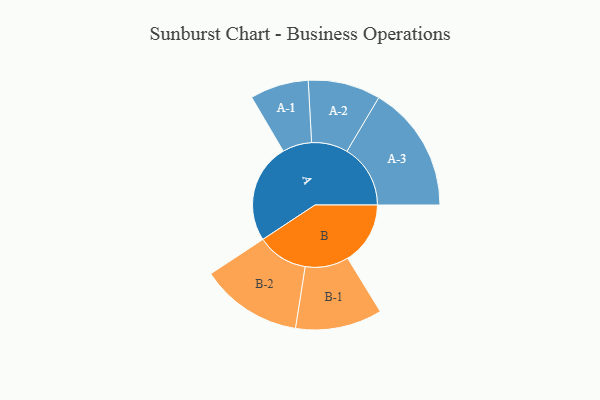
{"axis": {"x": "Segment", "y": "Value"}, "legend": ["", "A", "B"], "data": [{"x": "A", "y": 445, "type": ""}, {"x": "B", "y": 280, "type": ""}, {"x": "A-1", "y": 131, "type": "A"}, {"x": "A-2", "y": 162, "type": "A"}, {"x": "A-3", "y": 284, "type": "A"}, {"x": "B-1", "y": 194, "type": "B"}, {"x": "B-2", "y": 228, "type": "B"}]}